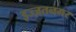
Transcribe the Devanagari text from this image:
इज्ज़तनगर